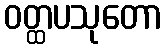
ဝတ္ထပသုတော